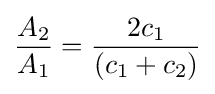
{\frac {A_{2}}{A_{1}}}={\frac {2c_{1}}{(c_{1}+c_{2})}}